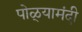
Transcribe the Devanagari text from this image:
पोळ्यामंदी